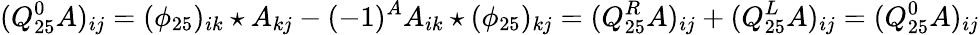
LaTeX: (Q_{25}^{0}A)_{ij}=(\phi_{25})_{ik}\star A_{kj}-(-1)^{A}A_{ik}\star(\phi_{25})_{kj}=(Q_{25}^{R}A)_{ij}+(Q_{25}^{L}A)_{ij}=(Q_{25}^{0}A)_{ij}